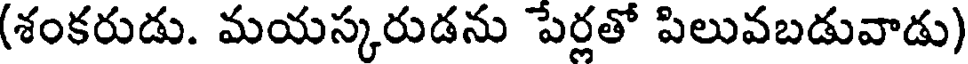
(శంకరుడు. మయస్కరుడను పేర్లతో పిలువబడువాడు)